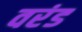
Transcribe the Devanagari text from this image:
वरंड